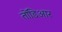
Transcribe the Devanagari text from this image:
तोंडिआर